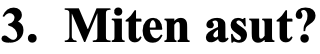
3. Miten asut?